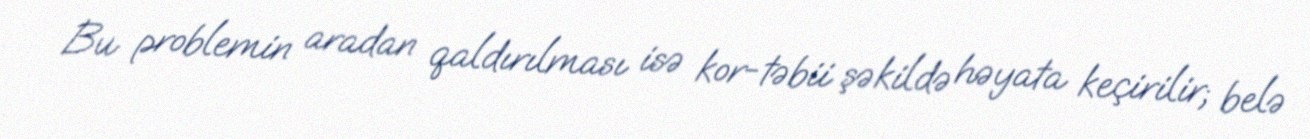
Bu problemin aradan qaldırılması isə kor-təbii şəkildə həyata keçirilir; belə